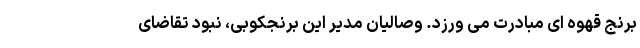
برنج قهوه ای مبادرت می ورزد. وصالیان مدیر این برنجکوبی، نبود تقاضای